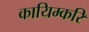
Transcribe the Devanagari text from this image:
कायिम्करि